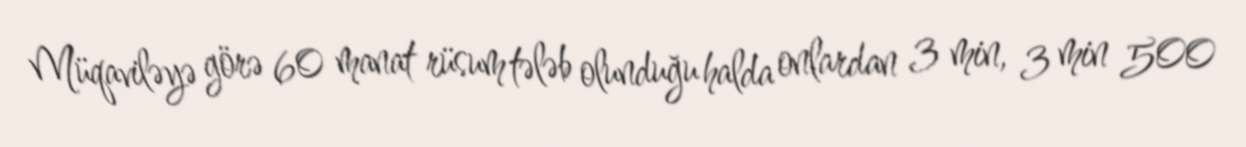
Müqaviləyə görə 60 manat rüsum tələb olunduğu halda onlardan 3 min, 3 min 500